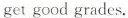
get good grades.